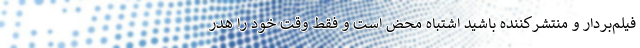
فيلم‌بردار و منتشركننده باشيد اشتباه محض است و فقط وقت خود را هدر